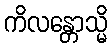
ကိလန္တောသ္မိ